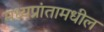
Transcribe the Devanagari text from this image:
मध्यप्रांतामधील